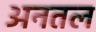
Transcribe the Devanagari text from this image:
अनतल